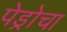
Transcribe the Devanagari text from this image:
पेड्रोचा